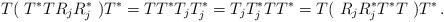
LaTeX: \begin{align*} T ( \ T^* T R_j R_j^* \ )T^* = TT^* T_jT_j^* = T_jT_j^* TT^* = T ( \ R_j R_j^* T^* T \ )T^* \,.\end{align*}